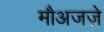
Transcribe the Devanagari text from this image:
मौअजज़े